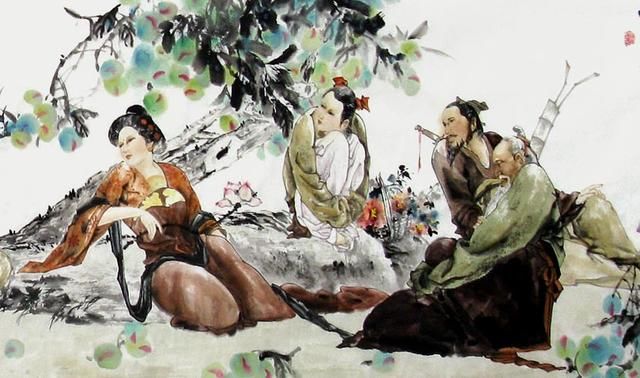
是以知天欲人相爱相利，而不欲人相恶相贼。